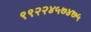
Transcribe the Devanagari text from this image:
९९२२४५७४७५